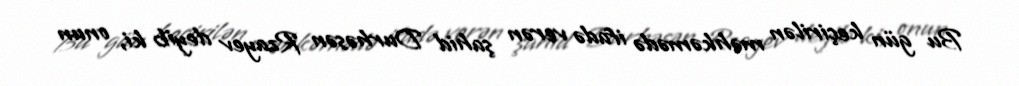
Bu gün keçirilən məhkəmədə ifadə verən şahid Durhəsən Rzayev deyib ki, onun